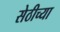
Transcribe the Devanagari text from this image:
सेठीच्या